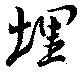
埋